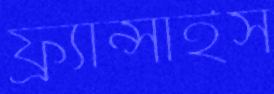
ফ্র্যান্সাইস